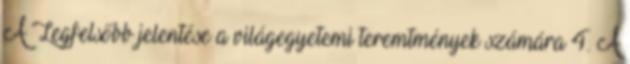
A Legfelsőbb jelentése a világegyetemi teremtmények számára 4. A